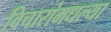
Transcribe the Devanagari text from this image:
विचारांमधल्या